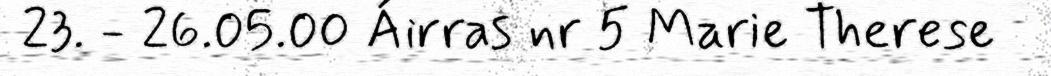
23. - 26.05.00 Áirras nr 5 Marie Therese